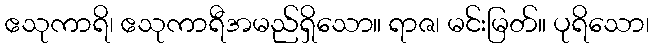
ဧသုကာရိ၊ ဧသုကာရီအမည်ရှိသော။ ရာဇ၊ မင်းမြတ်။ ပုရိသော၊